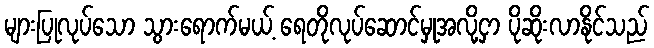
များပြုလုပ်သော သွားရောက်မယ့် ရေတိုလုပ်ဆောင်မှုအလို့ငှာ ပိုဆိုးလာနိုင်သည်